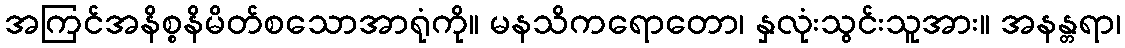
အကြင်အနိစ္စနိမိတ်စသောအာရုံကို။ မနသိကရောတော၊ နှလုံးသွင်းသူအား။ အနန္တရာ၊